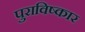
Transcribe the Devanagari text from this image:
पुराविष्कार